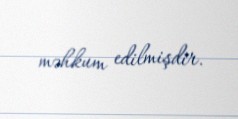
məhkum edilmişdir.